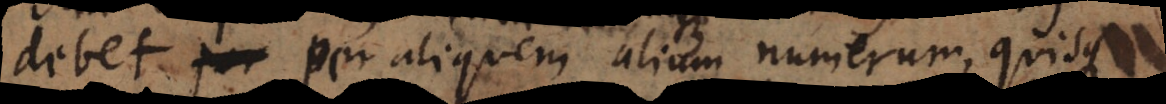
debet per aliquem alium numerum, quisque